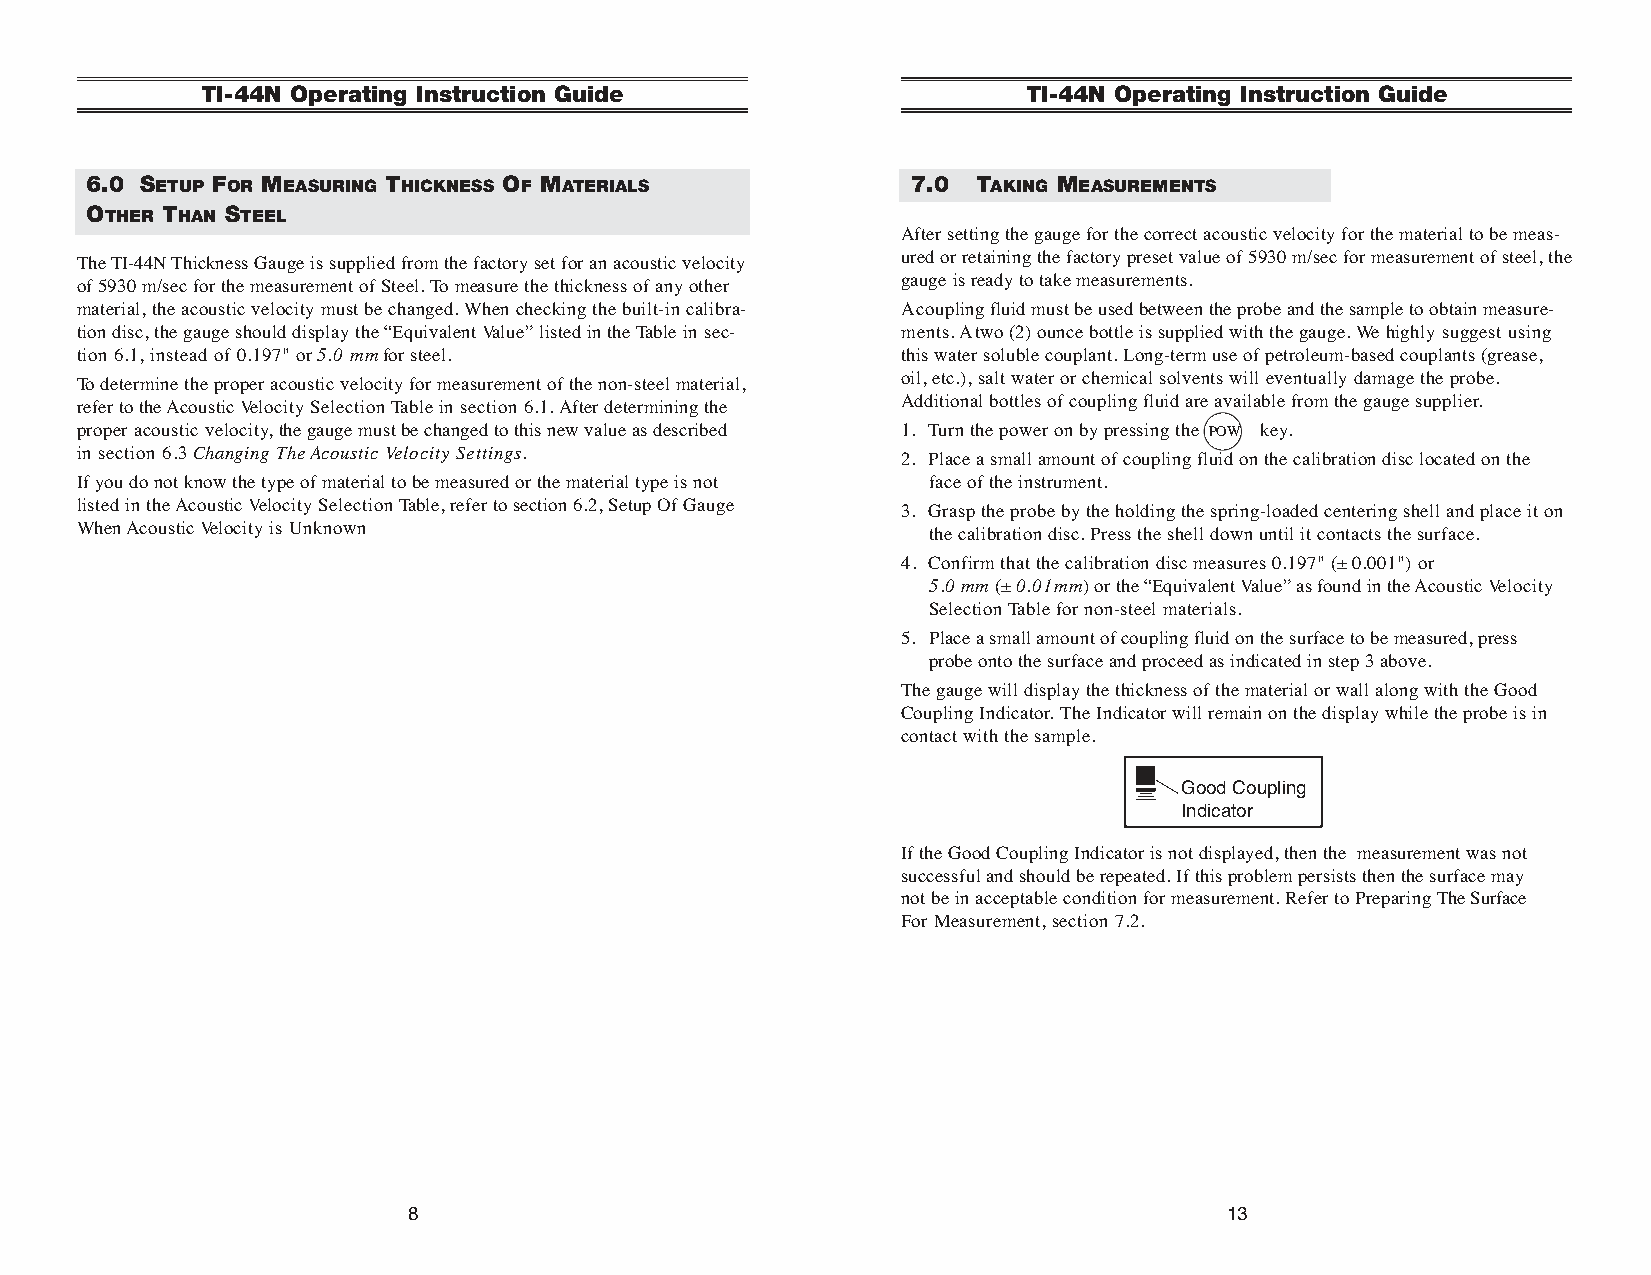
TI-44N Operating Instruction Guide                     TI-44N Operating Instruction Guide
 6.0 SETUP FOR MEASURING THICKNESS OF MATERIALS        7.0  TAKING MEASUREMENTS
 OTHER THAN STEEL
 After setting the gauge for the correct acoustic velocity for the material to be meas-
 ured or retaining the factory preset value of 5930 m/sec for measurement of steel, the
 The TI-44N Thickness Gauge is supplied from the factory set for an acoustic velocity
 gauge is ready to take measurements.
 of 5930 m/sec for the measurement of Steel. To measure the thickness of any other
 material, the acoustic velocity must be changed. When checking the built-in calibra- Acoupling fluid must be used between the probe and the sample to obtain measure-
 tion disc, the gauge should display the “Equivalent Value” listed in the Table in sec- ments. Atwo (2) ounce bottle is supplied with the gauge. We highly suggest using
 tion 6.1, instead of 0.197" or5.0 mmfor steel.         this water soluble couplant. Long-term use of petroleum-based couplants (grease,
 oil, etc.), salt water or chemical solvents will eventually damage the probe.
 To determine the proper acoustic velocity for measurement of the non-steel material,
 Additional bottles of coupling fluid are available from the gauge supplier.
 refer to the Acoustic Velocity Selection Table in section 6.1. After determining the
 proper acoustic velocity, the gauge must be changed to this new value as described 1. Turn the power on by pressing the POW key.
 in section 6.3 Changing The Acoustic Velocity Settings. 2. Place a small amount of coupling fluid on the calibration disc located on the
 If you do not know the type of material to be measured or the material type is not face of the instrument.
 listed in the Acoustic Velocity Selection Table, refer to section 6.2, Setup Of Gauge 3. Grasp the probe by the holding the spring-loaded centering shell and place it on
 When Acoustic Velocity is Unknown                        the calibration disc. Press the shell down until it contacts the surface.
 4. Confirm that the calibration disc measures 0.197" (±0.001") or
 5.0 mm (±0.01mm) or the “Equivalent Value” as found in the Acoustic Velocity
 Selection Table for non-steel materials.
 5. Place a small amount of coupling fluid on the surface to be measured, press
 probe onto the surface and proceed as indicated in step 3 above.
 The gauge will display the thickness of the material or wall along with the Good
 Coupling Indicator. The Indicator will remain on the display while the probe is in
 contact with the sample.
 Good Coupling
 Indicator
 If the Good Coupling Indicator is not displayed, then the measurement was not
 successful and should be repeated. If this problem persists then the surface may
 not be in acceptable condition for measurement. Refer to Preparing The Surface
 For Measurement, section 7.2.
 8                                                     13